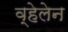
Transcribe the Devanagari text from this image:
व्हेलेन